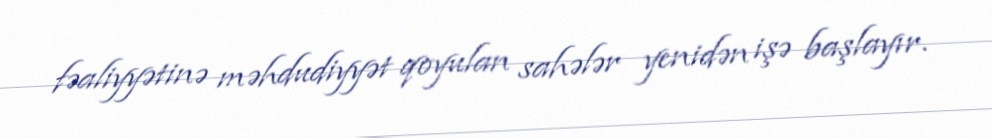
fəaliyyətinə məhdudiyyət qoyulan sahələr yenidən işə başlayır.